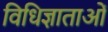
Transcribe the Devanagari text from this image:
विधिज्ञाताओं